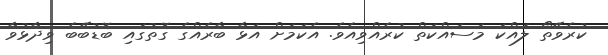
ކުރެވޭތޯ ލައްކަ މަސައްކަތް ކުރެއްވިއެވެ. އެކަމަށް އަޅާ ބާރެއްގެ ގޮތުގައި ބޮޑުބޭބެ ވިދާޅުވާ